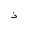
Letter: _thal